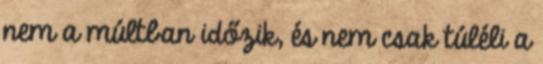
nem a múltban időzik, és nem csak túléli a